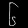
Digit: ၆